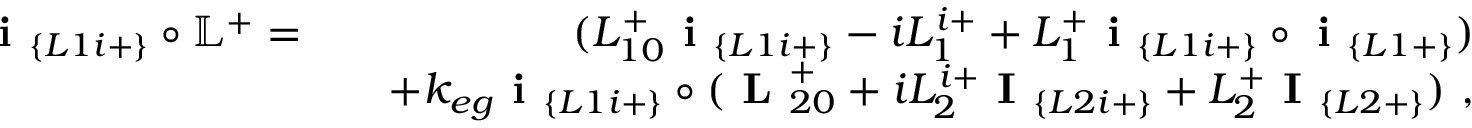
\begin{array} { r l r } { \textbf { i } _ { \{ L 1 i + \} } \circ \mathbb { L } ^ { + } = } & { } & { ( L _ { 1 0 } ^ { + } \textbf { i } _ { \{ L 1 i + \} } - i L _ { 1 } ^ { i + } + L _ { 1 } ^ { + } \textbf { i } _ { \{ L 1 i + \} } \circ \textbf { i } _ { \{ L 1 + \} } ) } \\ & { } & { + k _ { e g } \textbf { i } _ { \{ L 1 i + \} } \circ ( \textbf { L } _ { 2 0 } ^ { + } + i L _ { 2 } ^ { i + } \textbf { I } _ { \{ L 2 i + \} } + L _ { 2 } ^ { + } \textbf { I } _ { \{ L 2 + \} } ) ~ , } \end{array}